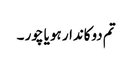
تم دوکاندار ہو یا چور ۔